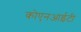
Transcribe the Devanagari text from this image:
कोएनआईटी